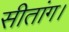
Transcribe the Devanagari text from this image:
सीतांग।